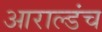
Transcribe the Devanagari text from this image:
आराल्डंच